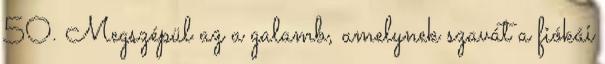
50. Megszépül az a galamb, amelynek szavát a fiókái